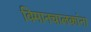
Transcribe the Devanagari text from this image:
विमानचालकांना